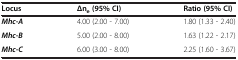
<table><thead><tr><td><b>Locus</b></td><td><b>Δn<sub>e </sub>(95% CI)</b></td><td><b>Ratio (95% CI)</b></td></tr></thead><tbody><tr><td><b><i>Mhc-A</i></b></td><td>4.00 (2.00 - 7.00)</td><td>1.80 (1.33 - 2.40)</td></tr><tr><td><b><i>Mhc-B</i></b></td><td>5.00 (2.00 - 8.00)</td><td>1.63 (1.22 - 2.17)</td></tr><tr><td><b><i>Mhc-C</i></b></td><td>6.00 (3.00 - 8.00)</td><td>2.25 (1.60 - 3.67)</td></tr></tbody></table>